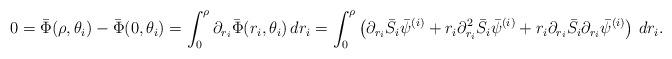
LaTeX: \begin{align*}0 = \bar{\Phi}(\rho,\theta_i) - \bar{\Phi}(0,\theta_i) = \int_0^{\rho}\partial_{r_i}\bar{\Phi}(r_i,\theta_i)\,dr_i = \int_0^{\rho} \left(\partial_{r_i}\bar{S}_i \bar{\psi}^{(i)} + r_i \partial_{r_i}^2\bar{S}_i \bar{\psi}^{(i)} + r_i \partial_{r_i}\bar{S}_i \partial_{r_i} \bar{\psi}^{(i)}\right)\,dr_i. \end{align*}